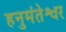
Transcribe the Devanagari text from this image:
हनुमंतेश्वर